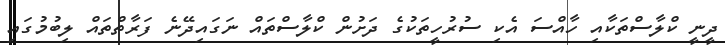
ދީނީ ކްލާސްތަކާއި ހާއްސަ އެކި ސުރުހީތަކުގެ ދަށުން ކްލާސްތައް ނަގައިދޭނެ ފަރާތްތައް ލިބުމުގައި